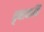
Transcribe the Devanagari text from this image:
वृषाकपि